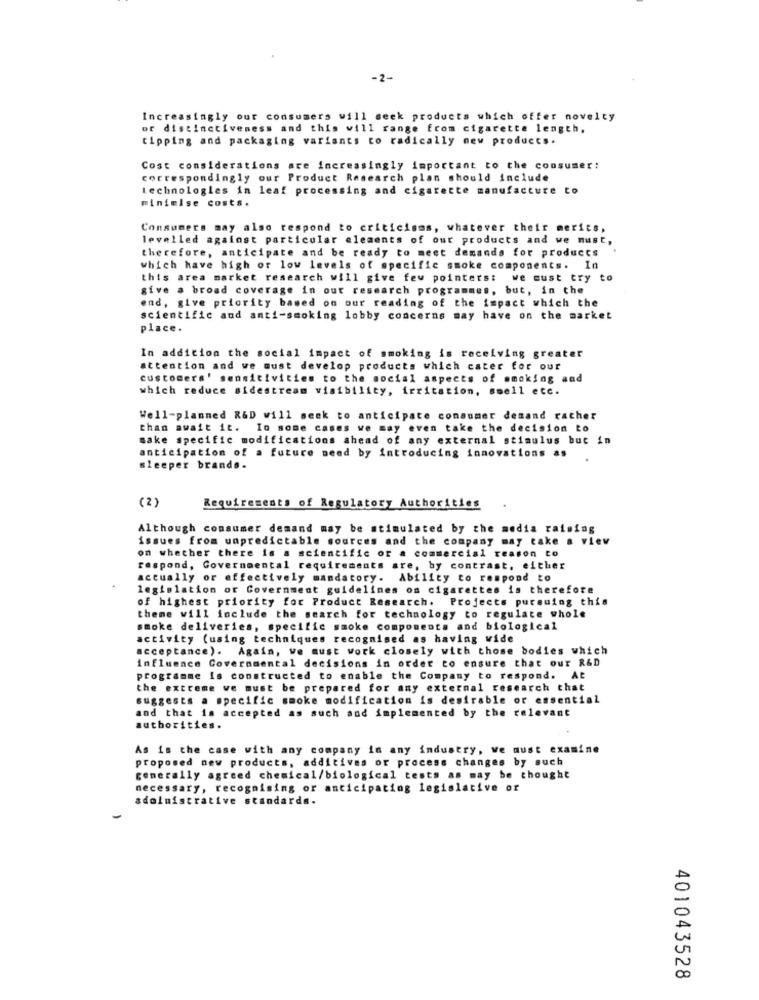
-2-
Increasingly our consumers will seek products which offer novelty
or distinctiveness and this will range from cigarette length.
tipping and packaging variants to radically new products.
Cost considerations are increasingly important to the consumer:
correspondingly our Product Research plan should include
technologies in leaf processing and cigarette manufacture to
minimise costs.
Consumers may also respond to criticisms, whatever their merics,
levelled against particular elements of our products and we must,
therefore, anticipate and be ready to meet demands for products
which have high or low levels of specific smoke components. In
this area market research will give few pointers: we must try to
give a broad coverage in our research programmes, but, in the
end, give priority based on our reading of the impact which the
scientific and anti-smoking lobby concerns may have on the market
place.
In addition the social impact of smoking is receiving greater
attention and we must develop products which cater for our
customers' sensitivities to the social aspects of smoking and
which reduce sidestream visibility, irritation, smell etc.
Well-planned R&D will seek to anticipate consumer demand rather
than await it. In some cases we may even take the decision to
make specific modifications ahead of any external stimulus but in
anticipation of a future send by introducing innovations as
sleeper brands.
(2)
Requirements of Regulatory Authorities
Although consumer demand may be stimulated by the media raising
issues from unpredictable sources and the company may take a view
on whether there is a scientific or a commercial reason to
respond, Governmental requirements are, by contrast, either
actually or effectively mandatory. Ability to respond to
legislation or Government guidelines on cigarettes is therefore
of highest priority for Product Research. Projects pursuing this
theme will include the search for technology to regulate whole
smoke deliveries, specific smoke components and biological
activity (using techniques recognised as having wide
acceptance). Again, we must work closely with those bodies which
influence Governmental decisions in order to ensure that our R&D
programme is constructed to enable the Company to respond. At
the extreme we must be prepared for any external research chat
suggests a specific smoke modification is desirable or essential
and that is accepted as such and implemented by the relevant
authorities.
As is the case with any company in any industry, we must examine
proposed new products, additives or process changes by such
generally agreed chemical/biological tests as may be thought
necessary, recognising or anticipating legislative or
sdolnistrative standards.
401043528